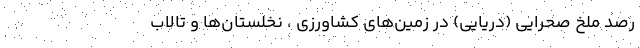
رصد ملخ صحرایی (دریایی) در زمین‌های کشاورزی ، نخلستان‌ها و تالاب